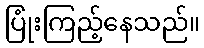
ပြုံးကြည့်နေသည်။